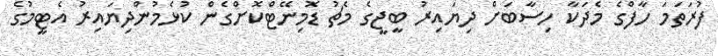
ފުރަތަމަ ހާފްގެ މެދަކާ ހިސާބަށް ދިޔައިރު ބީޖީގެ މެޗު ޑޮމިނޭޓްކޮށްގެން ކުޅެމުންދިޔައިރު އެޓީމުގެ